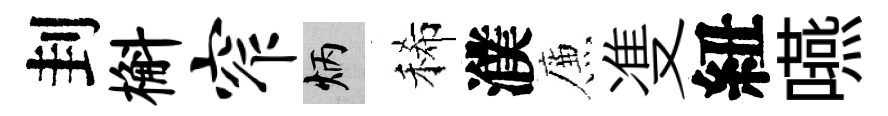
刲槲窄炳稀濮簾㕠紐嚥